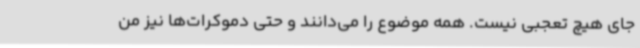
جای هیچ تعجبی نیست. همه موضوع را می‌دانند و حتی دموکرات‌ها نیز من